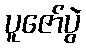
ပူဇော်ပွဲ